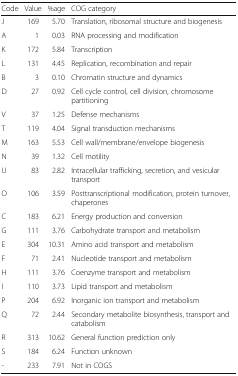
<table><thead><tr><td><b>Code</b></td><td><b>Value</b></td><td><b>%age</b></td><td><b>COG category</b></td></tr></thead><tbody><tr><td>J</td><td>169</td><td>5.70</td><td>Translation, ribosomal structure and biogenesis</td></tr><tr><td>A</td><td>1</td><td>0.03</td><td>RNA processing and modification</td></tr><tr><td>K</td><td>172</td><td>5.84</td><td>Transcription</td></tr><tr><td>L</td><td>131</td><td>4.45</td><td>Replication, recombination and repair</td></tr><tr><td>B</td><td>3</td><td>0.10</td><td>Chromatin structure and dynamics</td></tr><tr><td>D</td><td>27</td><td>0.92</td><td>Cell cycle control, cell division, chromosome partitioning</td></tr><tr><td>V</td><td>37</td><td>1.25</td><td>Defense mechanisms</td></tr><tr><td>T</td><td>119</td><td>4.04</td><td>Signal transduction mechanisms</td></tr><tr><td>M</td><td>163</td><td>5.53</td><td>Cell wall/membrane/envelope biogenesis</td></tr><tr><td>N</td><td>39</td><td>1.32</td><td>Cell motility</td></tr><tr><td>U</td><td>83</td><td>2.82</td><td>Intracellular trafficking, secretion, and vesicular transport</td></tr><tr><td>O</td><td>106</td><td>3.59</td><td>Posttranscriptional modification, protein turnover, chaperones</td></tr><tr><td>C</td><td>183</td><td>6.21</td><td>Energy production and conversion</td></tr><tr><td>G</td><td>111</td><td>3.76</td><td>Carbohydrate transport and metabolism</td></tr><tr><td>E</td><td>304</td><td>10.31</td><td>Amino acid transport and metabolism</td></tr><tr><td>F</td><td>71</td><td>2.41</td><td>Nucleotide transport and metabolism</td></tr><tr><td>H</td><td>111</td><td>3.76</td><td>Coenzyme transport and metabolism</td></tr><tr><td>I</td><td>110</td><td>3.73</td><td>Lipid transport and metabolism</td></tr><tr><td>P</td><td>204</td><td>6.92</td><td>Inorganic ion transport and metabolism</td></tr><tr><td>Q</td><td>72</td><td>2.44</td><td>Secondary metabolite biosynthesis, transport and catabolism</td></tr><tr><td>R</td><td>313</td><td>10.62</td><td>General function prediction only</td></tr><tr><td>S</td><td>184</td><td>6.24</td><td>Function unknown</td></tr><tr><td>-</td><td>233</td><td>7.91</td><td>Not in COGS</td></tr></tbody></table>